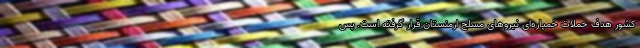
کشور هدف حملات خمپاره‌ای نیروهای مسلح ارمنستان قرار گرفته است. پس